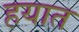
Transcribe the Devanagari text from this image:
हयात